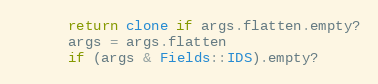
Language: Ruby
      return clone if args.flatten.empty?
      args = args.flatten
      if (args & Fields::IDS).empty?